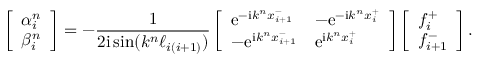
\left[ \begin{array} { l } { \alpha _ { i } ^ { n } } \\ { \beta _ { i } ^ { n } } \end{array} \right] = - \frac { 1 } { 2 \mathrm { i } \sin ( k ^ { n } \ell _ { i ( i + 1 ) } ) } \left[ \begin{array} { l l } { \mathrm { e } ^ { - \mathrm { i } k ^ { n } x _ { i + 1 } ^ { - } } } & { - \mathrm { e } ^ { - \mathrm { i } k ^ { n } x _ { i } ^ { + } } } \\ { - \mathrm { e } ^ { \mathrm { i } k ^ { n } x _ { i + 1 } ^ { - } } } & { \mathrm { e } ^ { \mathrm { i } k ^ { n } x _ { i } ^ { + } } } \end{array} \right] \left[ \begin{array} { l } { f _ { i } ^ { + } } \\ { f _ { i + 1 } ^ { - } } \end{array} \right] .